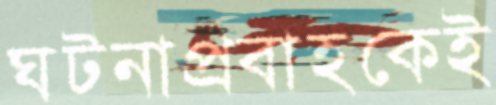
ঘটনাপ্রবাহকেই